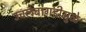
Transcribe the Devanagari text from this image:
उचलबांगडीमुळे